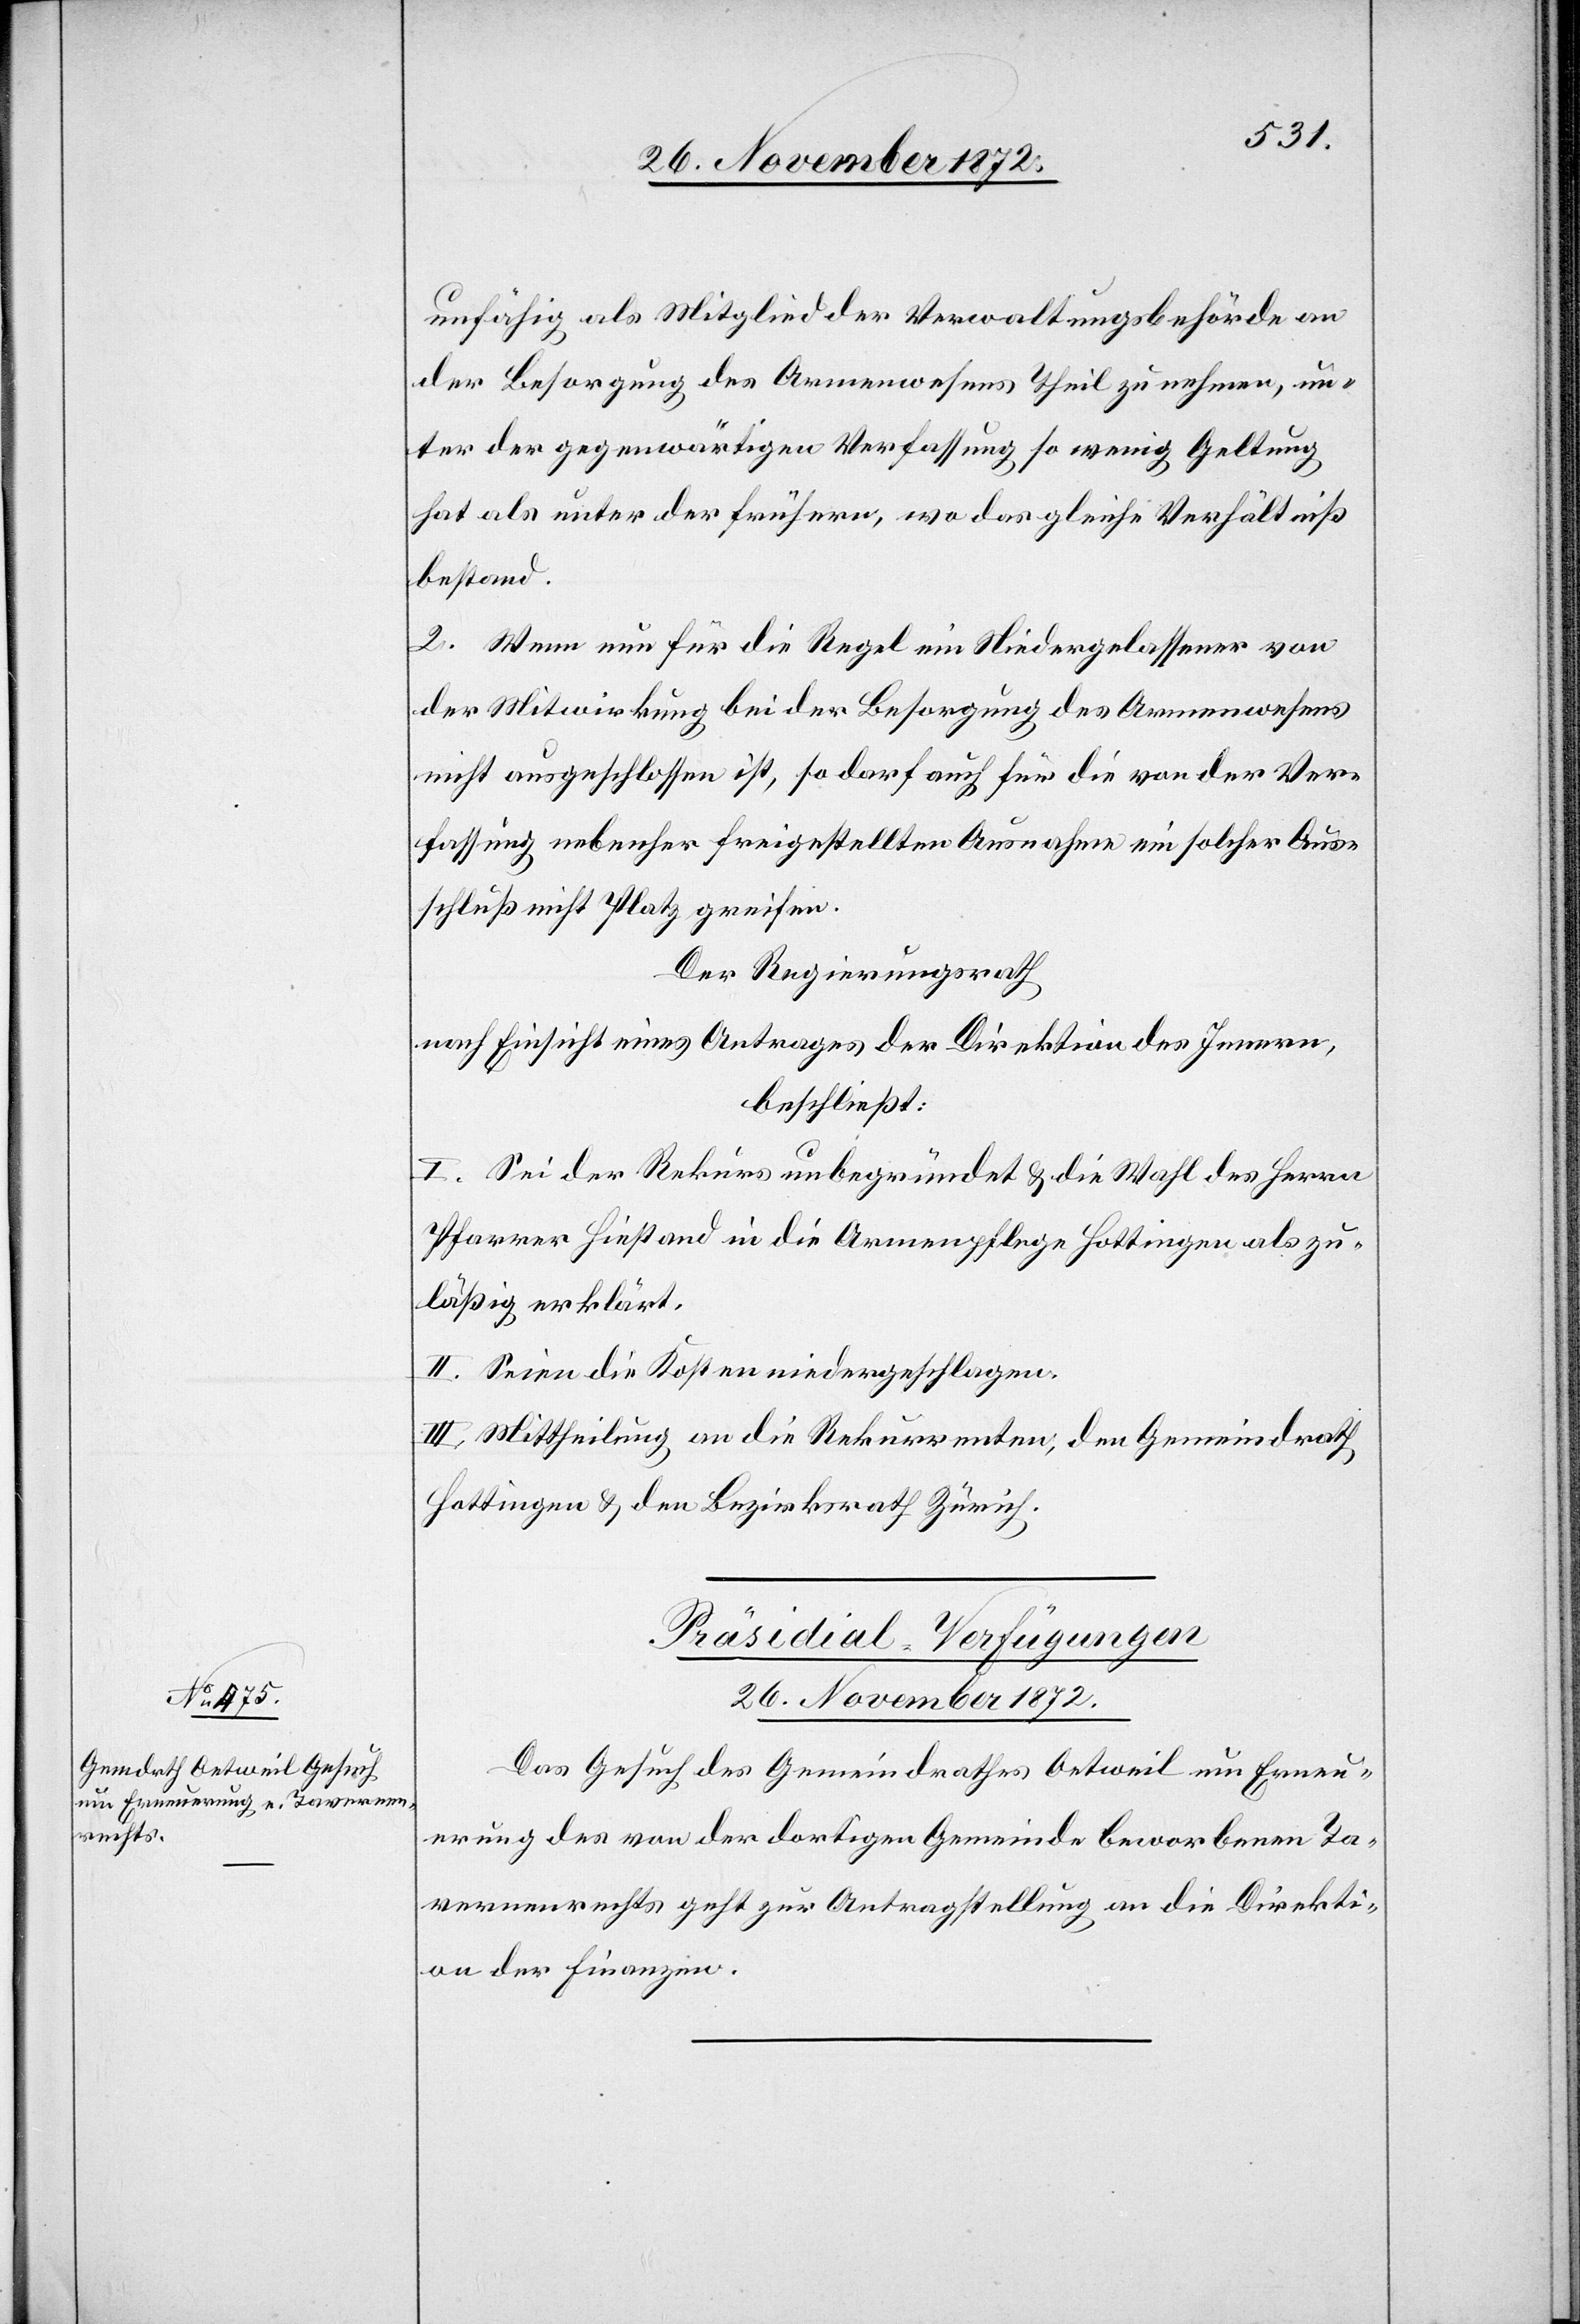
unfähig als Mitglied der Verwaltungsbehörde an
der Besorgung des Armenwesens Theil zu nehmen, un¬
ter der gegenwärtigen Verfassung so wenig Geltung
hat als unter der frühern, wo das gleiche Verhältniß
bestand.
2. Wenn nun für die Regel ein Niedergelassener von
der Mitwirkung bei der Besorgung des Armenwesens
nicht ausgeschlossen ist, so darf auch für die von der Ver¬
fassung nebenher freigestellten Ausnahmen ein solcher Aus¬
schluß nicht Platz greifen.
Der Regierungsrath
nach Einsicht eines Antrages der Direktion des Innern,
beschließt:
I. Sei der Rekurs unbegründet u. die Wahl des Herrn
Pfarrer Hiestand in die Armenpflege Hottingen als zu¬
läßig erklärt.
II. Seien die Kosten niedergeschlagen.
III. Mittheilung an die Rekurrenten, den Gemeindrath
Hottingen u. den Bezirksrath Zürich.
Präsidial-Verfügungen
26. November 1872.
Das Gesuch des Gemeindrathes Oetweil um Erneu¬
erung des von der dortigen Gemeinde beworbenen Ta¬
vernenrechts geht zur Antragstellung an die Direkti¬
on der Finanzen.